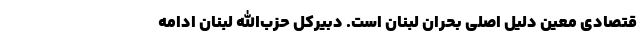
قتصادی معین دلیل اصلی بحران لبنان است. دبیرکل حزب‌الله لبنان ادامه